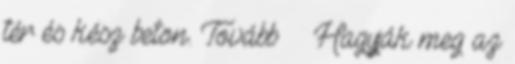
tér és kész beton. Tovább › ›Hagyják meg az